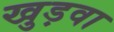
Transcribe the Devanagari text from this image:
खुड़वा